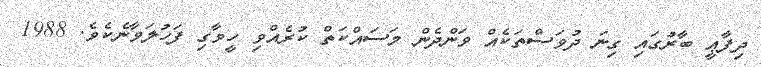
ދިފާޢީ ބާރުގައި ގިނަ ދުވަސްތަކެއް ވަންދެން މަސައްކަތް ކުރެއްވި ހީވާގި ފަހުލަވާނެކެވެ. 1988